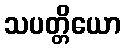
သပတ္တိယော